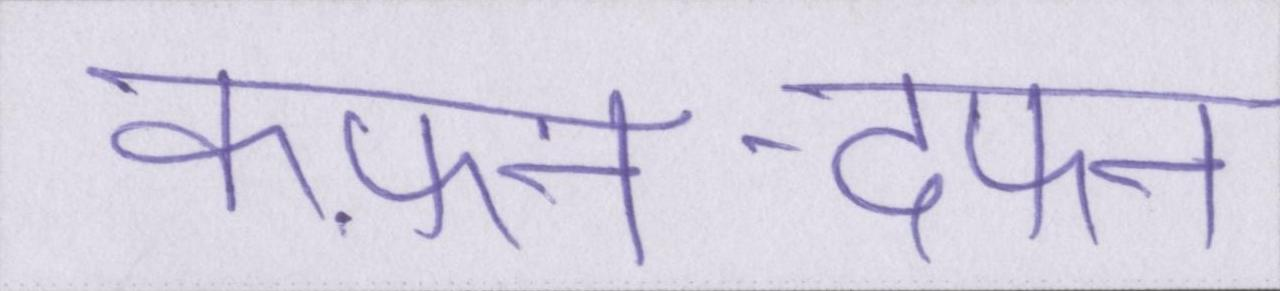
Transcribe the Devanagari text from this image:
कफ़न-दफन